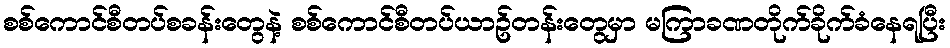
စစ်ကောင်စီတပ်စခန်းတွေနဲ့ စစ်ကောင်စီတပ်ယာဥ်တန်းတွေမှာ မကြာခဏတိုက်ခိုက်ခံနေရပြီး